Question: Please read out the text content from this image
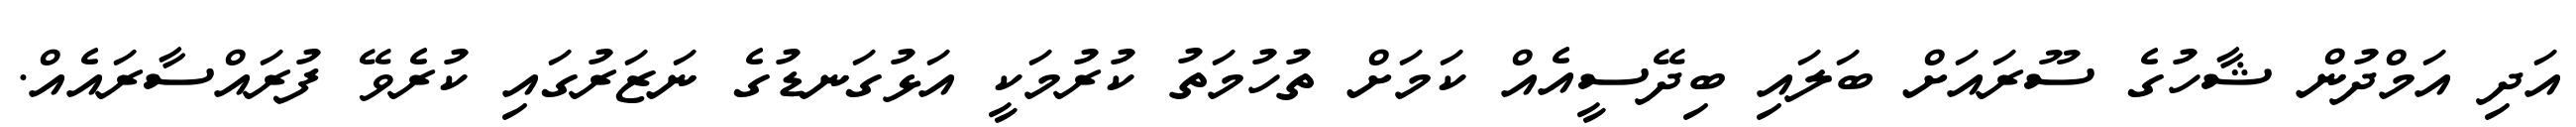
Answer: އަދި އަމްދުން ޝާހުގެ ސޫރައަށް ބަލައި ބިދޭސީއެއް ކަމަށް ތުހުމަތު ކުރުމަކީ އަޅުގަނޑުގެ ނަޒަރުގައި ކުރެވޭ ފުރައްސާރައެއް.